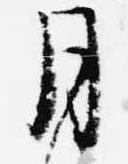
月